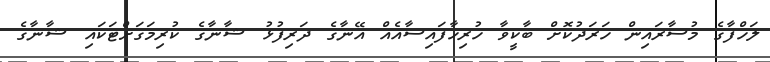
ލަހްފާގެ މުސާރައިން ހަރަދުކޮށް ބާކީވާ ހުރިހާފައިސާއެއް އޭނާގެ ދަރިފުޅު ޝާނާގެ ކުރިމަގަށްޓަކައި ޝާނާގެ